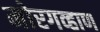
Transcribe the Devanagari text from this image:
मोरगव्हाण